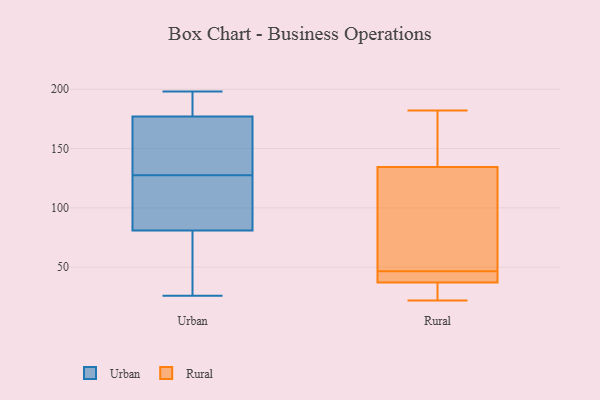
{"axis": {"x": "Energy Usage (MWh)", "y": "Value"}, "legend": ["Rural", "Urban"], "data": [{"x": "", "y": 198, "type": "Urban"}, {"x": "", "y": 109, "type": "Urban"}, {"x": "", "y": 122, "type": "Urban"}, {"x": "", "y": 52, "type": "Urban"}, {"x": "", "y": 173, "type": "Urban"}, {"x": "", "y": 181, "type": "Urban"}, {"x": "", "y": 26, "type": "Urban"}, {"x": "", "y": 133, "type": "Urban"}, {"x": "", "y": 56, "type": "Urban"}, {"x": "", "y": 137, "type": "Urban"}, {"x": "", "y": 191, "type": "Urban"}, {"x": "", "y": 106, "type": "Urban"}, {"x": "", "y": 22, "type": "Rural"}, {"x": "", "y": 172, "type": "Rural"}, {"x": "", "y": 142, "type": "Rural"}, {"x": "", "y": 43, "type": "Rural"}, {"x": "", "y": 34, "type": "Rural"}, {"x": "", "y": 37, "type": "Rural"}, {"x": "", "y": 101, "type": "Rural"}, {"x": "", "y": 138, "type": "Rural"}, {"x": "", "y": 41, "type": "Rural"}, {"x": "", "y": 37, "type": "Rural"}, {"x": "", "y": 47, "type": "Rural"}, {"x": "", "y": 182, "type": "Rural"}, {"x": "", "y": 65, "type": "Rural"}, {"x": "", "y": 131, "type": "Rural"}, {"x": "", "y": 28, "type": "Rural"}, {"x": "", "y": 46, "type": "Rural"}]}